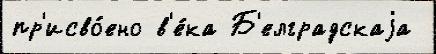
пр'исво́ено в'е́ка Б'елградскаjа